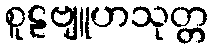
စူဠဗျူဟသုတ္တ